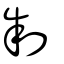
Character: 制